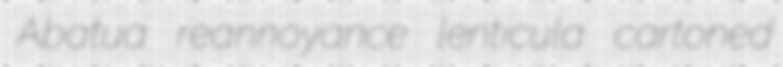
Abatua reannoyance lenticula cartoned